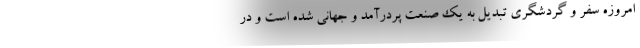
امروزه سفر و گردشگری تبدیل به یک صنعت پردرآمد و جهانی شده است و در